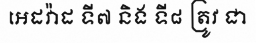
អេដវ៉ាដ ទី៧ និង ទី៨ ត្រូវ ជា